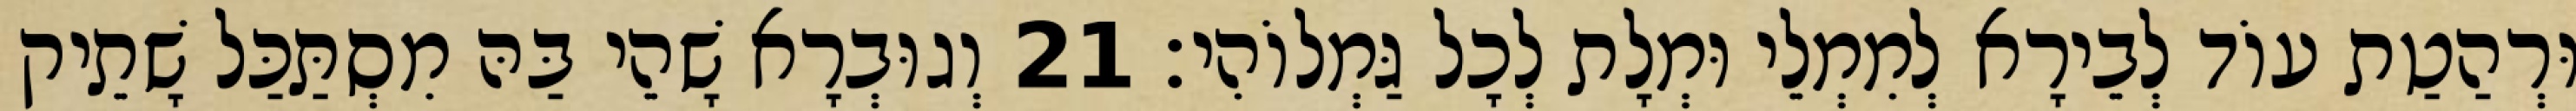
וּרְהַטַת עוֹד לְבֵירָא לְמִמְלֵי וּמְלָת לְכָל גַּמְלוֹהִי׃ 21 וְגוּבְרָא שָׁהֵי בַּהּ מִסְתַּכַּל שָׁתֵיק